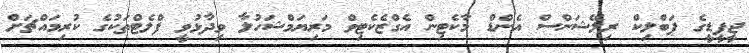
ޖީޕީޑީގެ ޕަބްލިކް ރިލޭޝަންސް އެންޑް މާކެޓިން އެގްޒެކެޓިވް މަރިޔަމްޝަހުލާ ވިދާޅުވީ ފްލެޓްތަކުގެ ކުރިމައްޗަށް